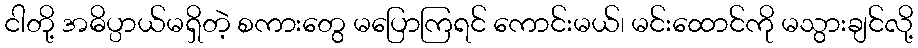
ငါတို့ အဓိပ္ပာယ်မရှိတဲ့ စကားတွေ မပြောကြရင် ကောင်းမယ်၊ မင်းထောင်ကို မသွားချင်လို့